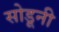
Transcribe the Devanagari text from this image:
सोडूनी